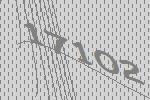
17102